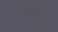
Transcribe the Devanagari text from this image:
शाम्